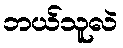
ဘယ်သူလဲ